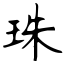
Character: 珠